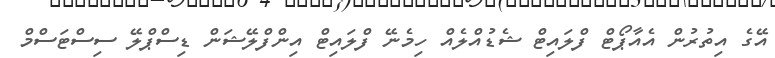
އޭގެ އިތުރުން އެއާޕޯޓް ފްލައިޓް ޝެޑުއްލެއް ހިމެނޭ ފްލައިޓް އިންފްލޭޝަން ޑިސްޕްލޭ ސިސްޓަސްމް